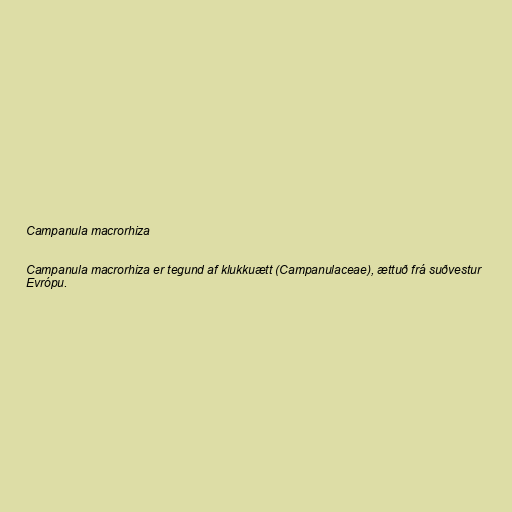
Campanula macrorhiza

Campanula macrorhiza er tegund af klukkuætt (Campanulaceae), ættuð frá suðvestur
Evrópu.